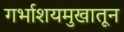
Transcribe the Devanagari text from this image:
गर्भाशयमुखातून